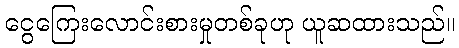
ငွေကြေးလောင်းစားမှုတစ်ခုဟု ယူဆထားသည်။